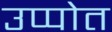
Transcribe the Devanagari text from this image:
उप्पोत